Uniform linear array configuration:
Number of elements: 16
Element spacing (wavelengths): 1
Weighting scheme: cosine
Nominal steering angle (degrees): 60
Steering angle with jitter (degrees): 58.276
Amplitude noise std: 0.05
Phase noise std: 0.05

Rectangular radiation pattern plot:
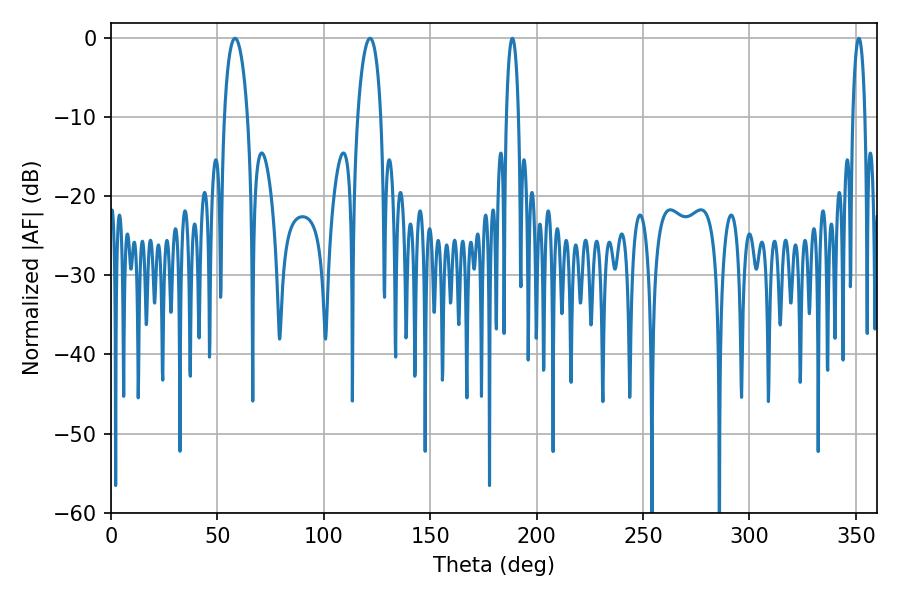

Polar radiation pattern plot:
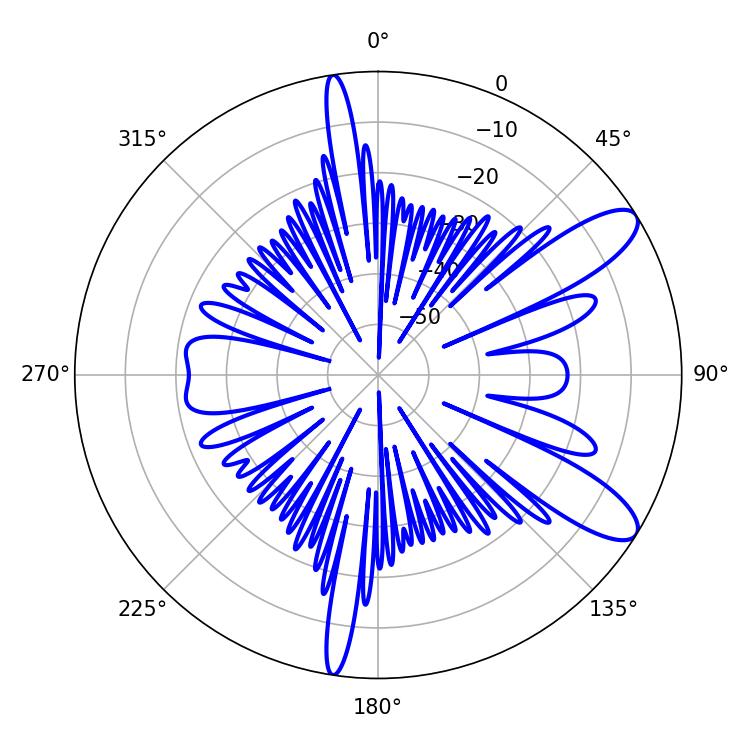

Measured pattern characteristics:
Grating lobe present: TRUE
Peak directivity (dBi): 10.397
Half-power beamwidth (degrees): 6.3
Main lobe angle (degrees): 58.32